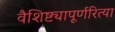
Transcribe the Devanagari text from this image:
वैशिष्ट्यापूर्णरित्या